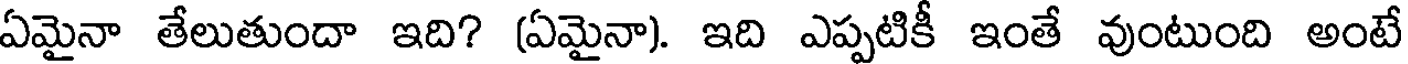
ఏమైనా తేలుతుందా ఇది? (ఏమైనా). ఇది ఎప్పటికీ ఇంతే వుంటుంది అంటే